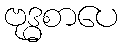
ဗုဒ္ဓစာပေ